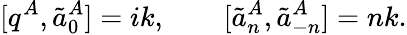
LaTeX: [q^{A},\tilde{a}_{0}^{A}]=ik,\qquad[\tilde{a}_{n}^{A},\tilde{a}_{-n}^{A}]=nk.